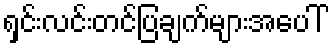
ရှင်းလင်းတင်ပြချက်များအပေါ်